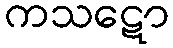
ကသဋော